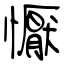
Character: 懨